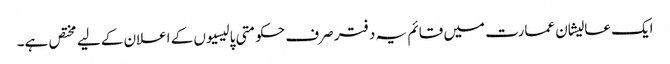
ایک عالیشان عمارت میں قائم یہ دفتر صرف حکومتی پالیسیوں کے اعلان کے لیے مختص ہے۔